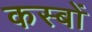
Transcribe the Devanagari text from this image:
कस्‍बों